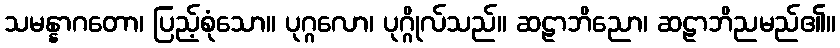
သမန္နာဂတော၊ ပြည့်စုံသော။ ပုဂ္ဂလော၊ ပုဂ္ဂိုလ်သည်။ ဆဠာဘိညော၊ ဆဠာဘိညမည်၏။